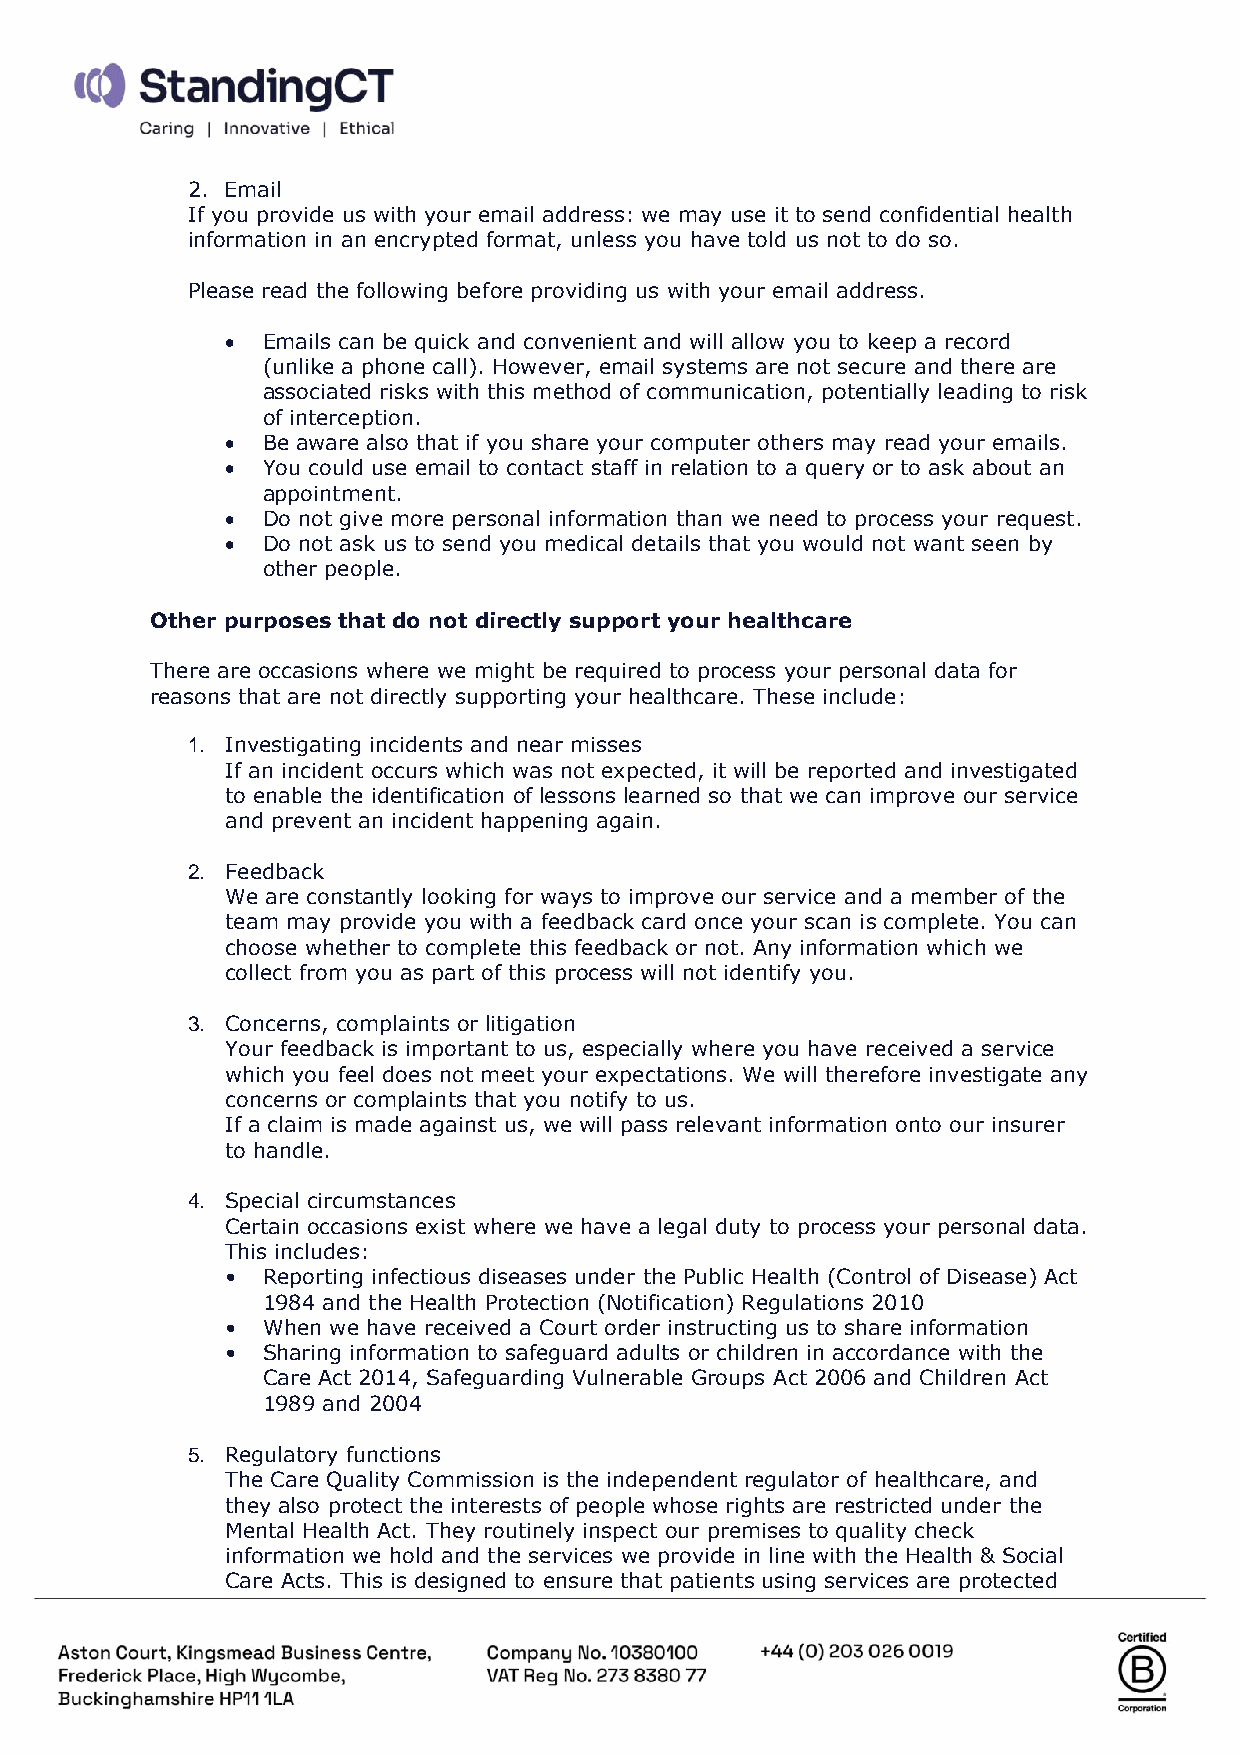
2. Email
 If you provide us with your email address: we may use it to send confidential health
 information in an encrypted format, unless you have told us not to do so.
 Please read the following before providing us with your email address.
 • Emails can be quick and convenient and will allow you to keep a record
 (unlike a phone call). However, email systems are not secure and there are
 associated risks with this method of communication, potentially leading to risk
 of interception.
 • Be aware also that if you share your computer others may read your emails.
 • You could use email to contact staff in relation to a query or to ask about an
 appointment.
 • Do not give more personal information than we need to process your request.
 • Do not ask us to send you medical details that you would not want seen by
 other people.
 Other purposes that do not directly support your healthcare
 There are occasions where we might be required to process your personal data for
 reasons that are not directly supporting your healthcare. These include:
 1. Investigating incidents and near misses
 If an incident occurs which was not expected, it will be reported and investigated
 to enable the identification of lessons learned so that we can improve our service
 and prevent an incident happening again.
 2. Feedback
 We are constantly looking for ways to improve our service and a member of the
 team may provide you with a feedback card once your scan is complete. You can
 choose whether to complete this feedback or not. Any information which we
 collect from you as part of this process will not identify you.
 3. Concerns, complaints or litigation
 Your feedback is important to us, especially where you have received a service
 which you feel does not meet your expectations. We will therefore investigate any
 concerns or complaints that you notify to us.
 If a claim is made against us, we will pass relevant information onto our insurer
 to handle.
 4. Special circumstances
 Certain occasions exist where we have a legal duty to process your personal data.
 This includes:
 • Reporting infectious diseases under the Public Health (Control of Disease) Act
 1984 and the Health Protection (Notification) Regulations 2010
 • When we have received a Court order instructing us to share information
 • Sharing information to safeguard adults or children in accordance with the
 Care Act 2014, Safeguarding Vulnerable Groups Act 2006 and Children Act
 1989 and 2004
 5. Regulatory functions
 The Care Quality Commission is the independent regulator of healthcare, and
 they also protect the interests of people whose rights are restricted under the
 Mental Health Act. They routinely inspect our premises to quality check
 information we hold and the services we provide in line with the Health & Social
 Care Acts. This is designed to ensure that patients using services are protected